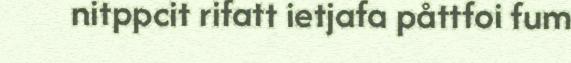
nitppcit rifatt ietjafa påttfoi fum